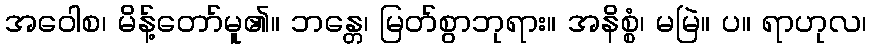
အဝေါစ၊ မိန့်တော်မူ၏။ ဘန္တေ၊ မြတ်စွာဘုရား။ အနိစ္စံ၊ မမြဲ။ ပ။ ရာဟုလ၊